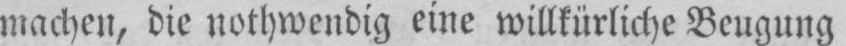
machen, die nothwendig eine willkürliche Beugung